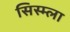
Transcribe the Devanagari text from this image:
सिस्म्ला